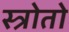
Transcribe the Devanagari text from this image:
स्त्रोतो